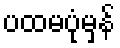
ပထမပုံမှန်